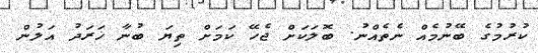
ކުރުމުގެ ބޭނުމެއް ނެތެއްނު. ބޮލަކަށް ޖެހޭ ކަމަށް ތިޔަ ބުނާ ޚަރަދު އަލުން